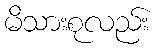
မိသားစုလည်း